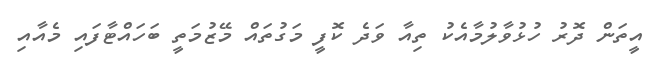
އީތަން ދޮރު ހުޅުވާލުމާއެކު ތިއާ ވަދެ ކޮފީ މަގުތައް މޭޒުމަތީ ބަހައްޓާފައި މެއާއި